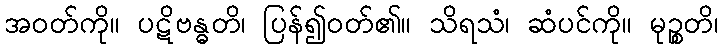
အဝတ်ကို။ ပဋိဗန္ဓတိ၊ ပြန်၍ဝတ်၏။ သိရသံ၊ ဆံပင်ကို။ မုဉ္စတိ၊